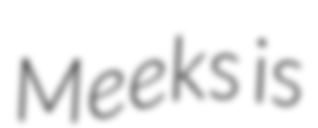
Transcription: Meeks is